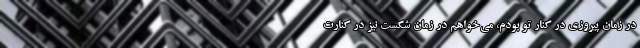
در زمان پیروزی در کنار تو بودم، می‌خواهم در زمان شکست نیز در کنارت